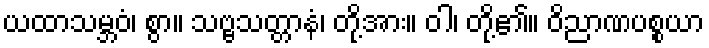
ယထာသမ္ဘဝံ၊ စွာ။ သဗ္ဗသတ္တာနံ၊ တို့အား။ ဝါ၊ တို့၏။ ဝိညာဏပစ္စယာ